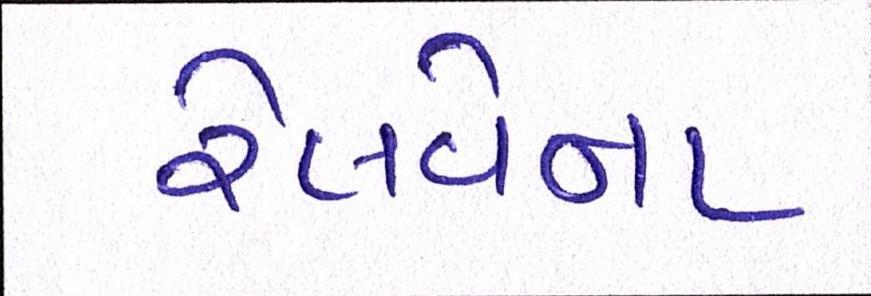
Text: રેલવેના